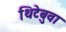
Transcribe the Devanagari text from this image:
थिटेबुवा